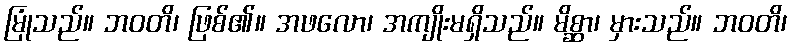
မြုံသည်။ ဘဝတိ၊ ဖြစ်၏။ အဖလော၊ အကျိုးမရှိသည်။ မိစ္ဆာ၊ မှားသည်။ ဘဝတိ၊